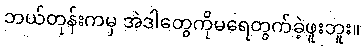
ဘယ်တုန်းကမှ အဲဒါတွေကိုမရေတွက်ခဲ့ဖူးဘူး။